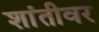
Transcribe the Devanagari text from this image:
शांतीवर